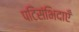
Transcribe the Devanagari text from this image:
पटिसंभिदाएँ